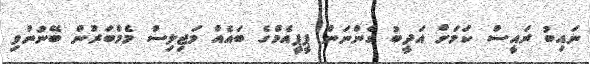
ނައިބު ރައީސް ކަމަށް އަދީބު ގެންނަން ޕީޕީއެމްގެ ބައެއް މަޖިލިސް މެމްބަރުން ބޭނުންވި